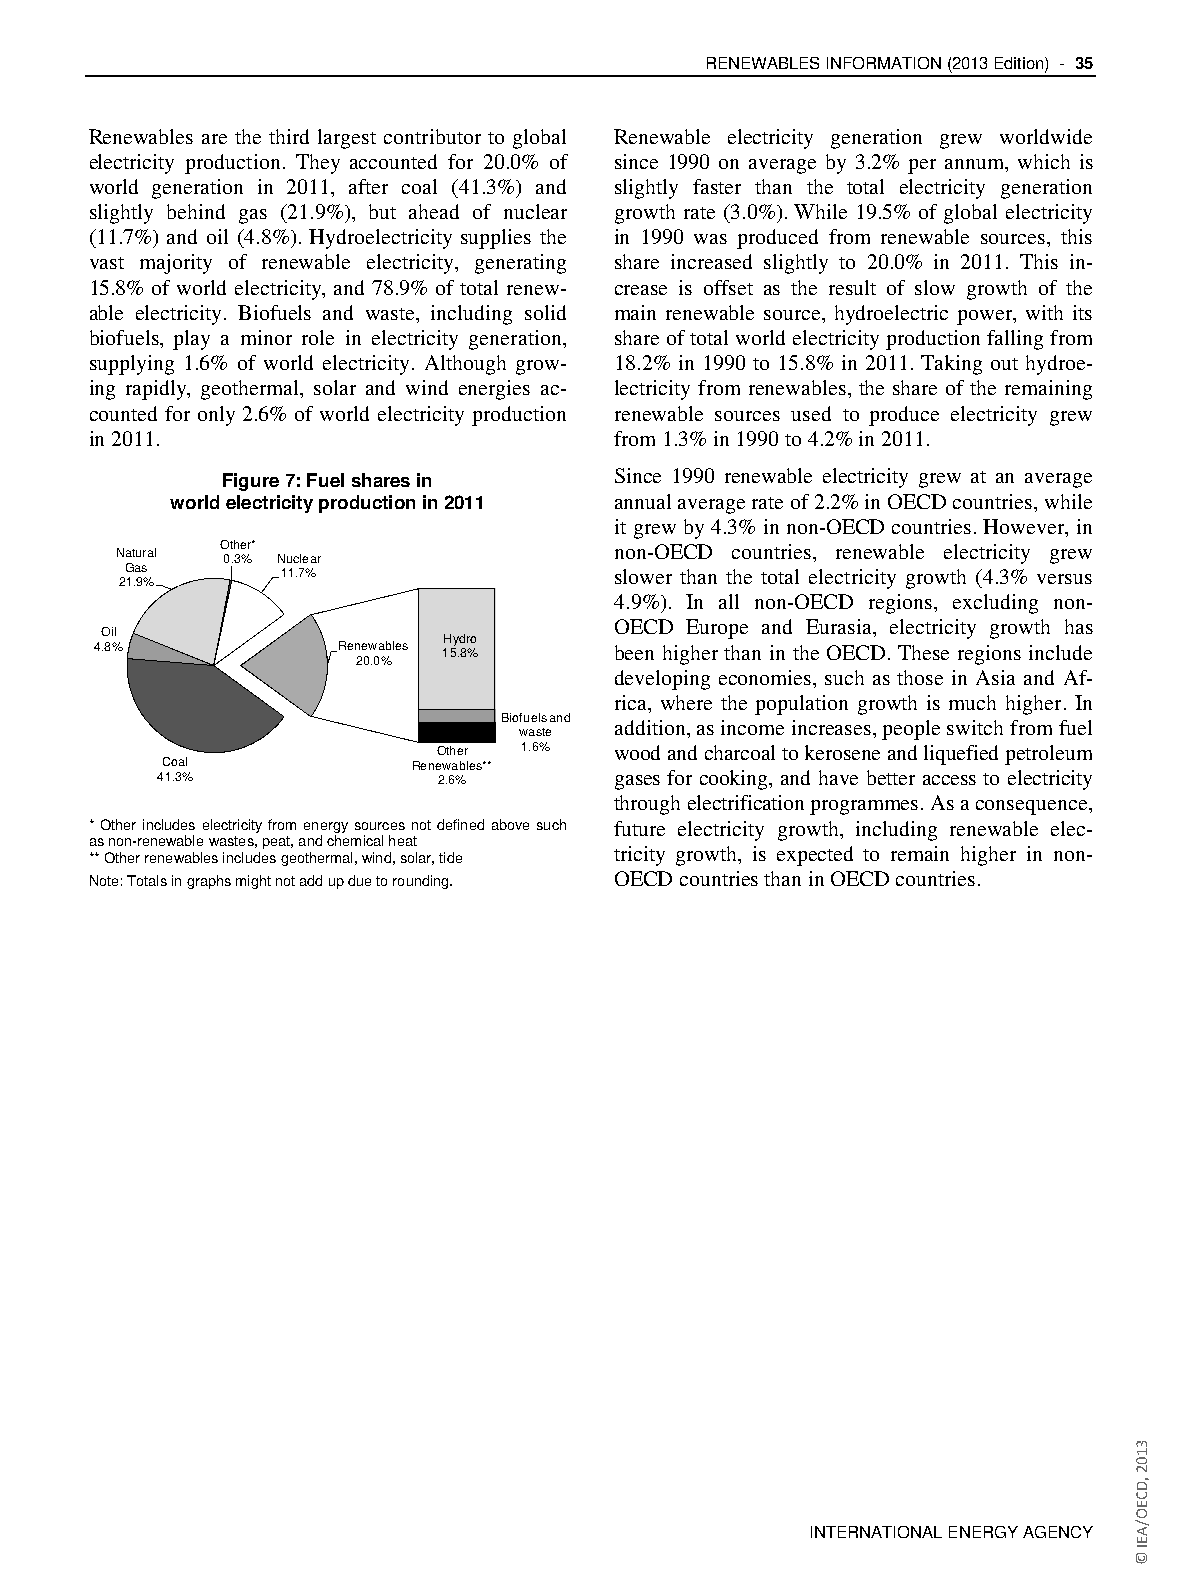
RENEWABLES INFORMATION (2013 Edition) - 35
 Renewables are the third largest contributor to global Renewable electricity generation grew worldwide
 electricity production. They accounted for 20.0% of since 1990 on average by 3.2% per annum, which is
 world generation in 2011, after coal (41.3%) and slightly faster than the total electricity generation
 slightly behind gas (21.9%), but ahead of nuclear growth rate (3.0%). While 19.5% of global electricity
 (11.7%) and oil (4.8%). Hydroelectricity supplies the in 1990 was produced from renewable sources, this
 vast majority of renewable electricity, generating share increased slightly to 20.0% in 2011. This in-
 15.8% of world electricity, and 78.9% of total renew- crease is offset as the result of slow growth of the
 able electricity. Biofuels and waste, including solid main renewable source, hydroelectric power, with its
 biofuels, play a minor role in electricity generation, share of total world electricity production falling from
 supplying 1.6% of world electricity. Although grow- 18.2% in 1990 to 15.8% in 2011. Taking out hydroe-
 ing rapidly, geothermal, solar and wind energies ac- lectricity from renewables, the share of the remaining
 counted for only 2.6% of world electricity production renewable sources used to produce electricity grew
 in 2011.                           from 1.3% in 1990 to 4.2% in 2011.
 Figure 7: Fuel shares in  Since 1990 renewable electricity grew at an average
 world electricity production in 2011 annual average rate of 2.2% in OECD countries, while
 it grew by 4.3% in non-OECD countries. However, in
 Natural O 0t .h 3e %r* Nuclear   non-OECD countries, renewable electricity grew
 Gas       11.7%                  slower than the total electricity growth (4.3% versus
 21.9%
 4.9%). In all non-OECD regions, excluding non-
 OECD Europe and Eurasia, electricity growth has
 Oil
 Hydro
 4.8%            Renewables 15.8%   been higher than in the OECD. These regions include
 20.0%
 developing economies, such as those in Asia and Af-
 rica, where the population growth is much higher. In
 Biofuels and addition, as income increases, people switch from fuel
 waste
 Other 1.6%  wood and charcoal to kerosene and liquefied petroleum
 Coal            Renewables**
 41.3%              2.6%        gases for cooking, and have better access to electricity
 through electrification programmes. As a consequence,
 * Other includes electricity from energy sources not defined above such future electricity growth, including renewable elec-
 as non-renewable wastes, peat, and chemical heat
 tricity growth, is expected to remain higher in non-
 ** Other renewables includes geothermal, wind, solar, tide
 Note: Totals in graphs might not add up due to rounding. OECD countries than in OECD countries.
 INTERNATIONAL ENERGY AGENCY
 3102
 ,DCEO/AEI
 ©